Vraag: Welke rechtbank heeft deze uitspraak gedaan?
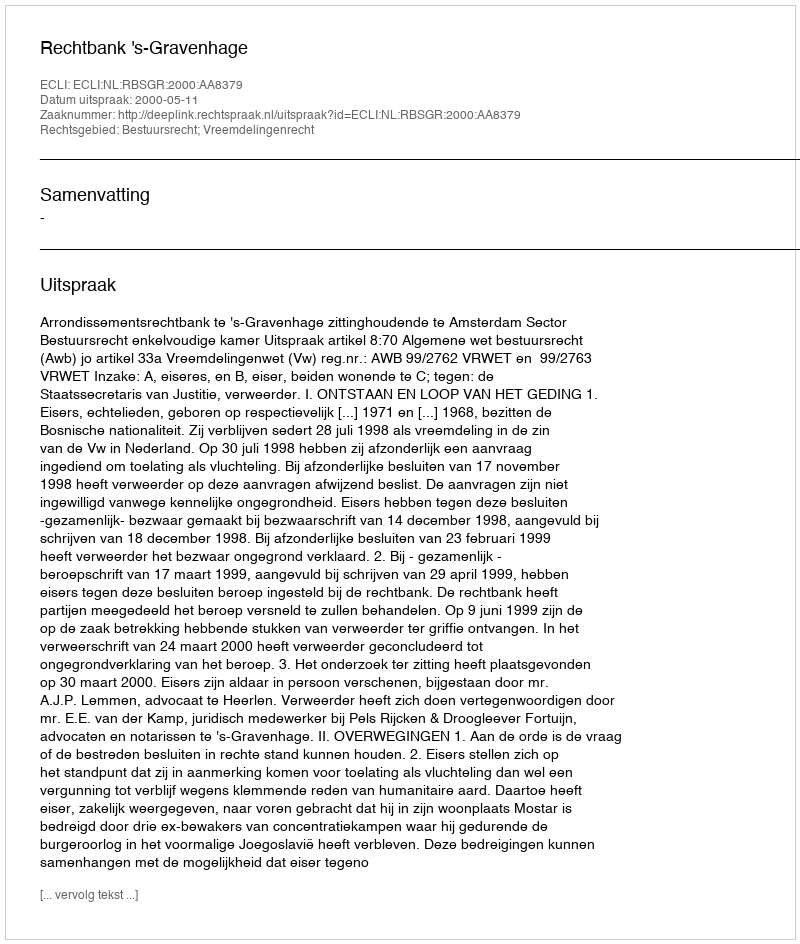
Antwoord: Rechtbank 's-Gravenhage